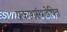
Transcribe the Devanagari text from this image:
प्रकाशसंश्लेषित